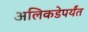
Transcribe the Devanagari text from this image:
अलिकडेपर्यंत